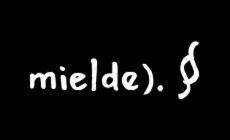
mielde). §